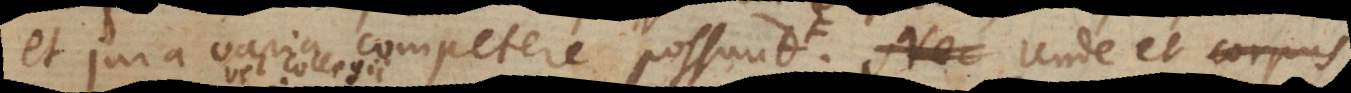
et jura varia competere possunt distincta a juribus